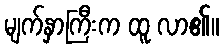
မျက်နှာကြီးက ထူ လာ၏။